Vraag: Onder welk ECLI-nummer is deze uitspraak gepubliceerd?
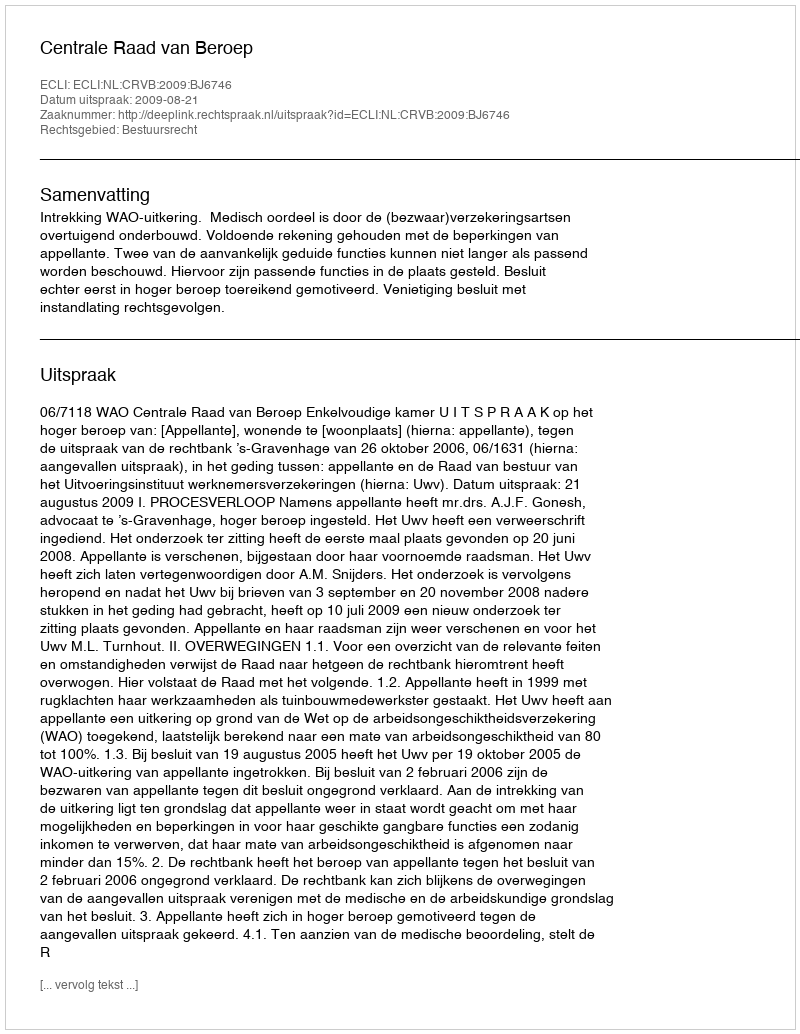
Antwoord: ECLI:NL:CRVB:2009:BJ6746